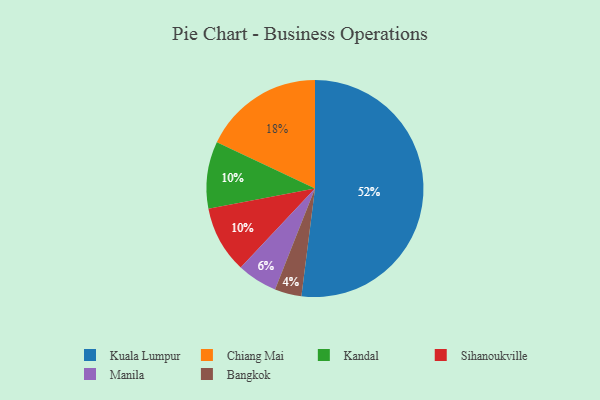
{"axis": {"x": "Category", "y": "Percentage"}, "legend": ["Bangkok", "Chiang Mai", "Kandal", "Kuala Lumpur", "Manila", "Sihanoukville"], "data": [{"x": "Bangkok", "y": 4, "type": "Bangkok"}, {"x": "Kuala Lumpur", "y": 52, "type": "Kuala Lumpur"}, {"x": "Chiang Mai", "y": 18, "type": "Chiang Mai"}, {"x": "Kandal", "y": 10, "type": "Kandal"}, {"x": "Sihanoukville", "y": 10, "type": "Sihanoukville"}, {"x": "Manila", "y": 6, "type": "Manila"}]}